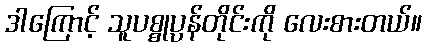
ဒါကြောင့် သူပစ္စုပ္ပန်တိုင်းကို လေးစားတယ်။